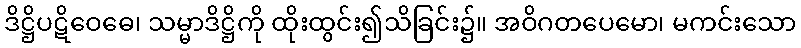
ဒိဋ္ဌိပဋိဝေဓေ၊ သမ္မာဒိဋ္ဌိကို ထိုးထွင်း၍သိခြင်း၌။ အဝိဂတပေမော၊ မကင်းသော